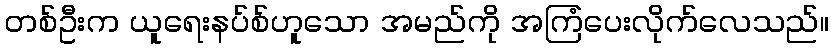
တစ်ဦးက ယူရေးနပ်စ်ဟူသော အမည်ကို အကြံပေးလိုက်လေသည်။